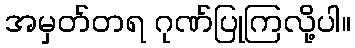
အမှတ်တရ ဂုဏ်ပြုကြလို့ပါ။